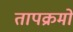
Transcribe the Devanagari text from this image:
तापक्रमों